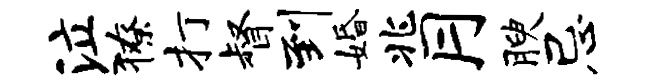
泣獠打督到婚兆月腴忌